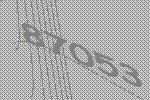
87053